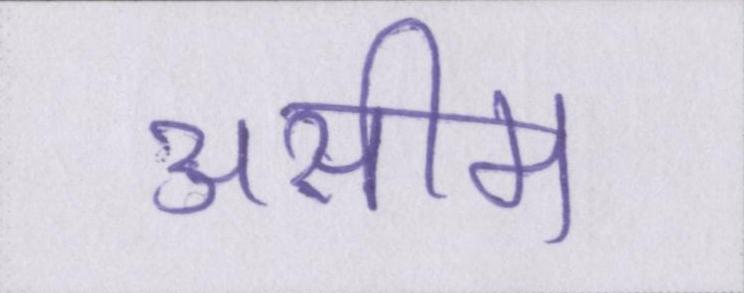
असीम